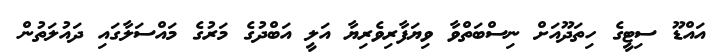
އައްޑޫ ސިޓީގެ ހިތަދޫއަށް ނިސްބަތްވާ ވިޔަފާރިވެރިޔާ އަލީ އަބްދުގެ މަރުގެ މައްސަލާގައި ދައުލަތުން